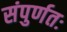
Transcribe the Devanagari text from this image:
संपुर्णतः